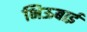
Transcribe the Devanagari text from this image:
भिऊबाई